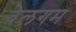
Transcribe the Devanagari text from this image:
बेलगम